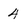
Character: 4